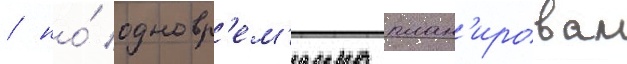
/ но́ одновр'ем'енно план'ировал